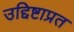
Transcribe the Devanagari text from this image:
उद्दिष्टाप्रत